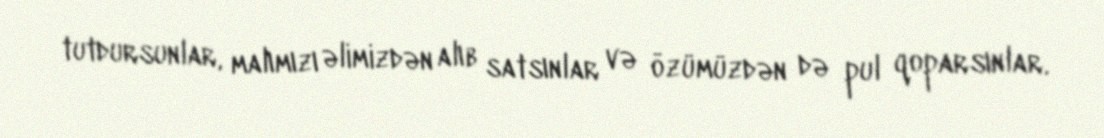
tutdursunlar, malımızı əlimizdən alıb satsınlar və özümüzdən də pul qoparsınlar.